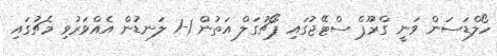
ހޯލްޑަސަން ވަނީ ގްރޫޕް ސްޓޭޖުގައި ޕޯޗުގަލް އަތުން 1-1 ލަނޑުން އެއްވަރުވި މެޗުގައި